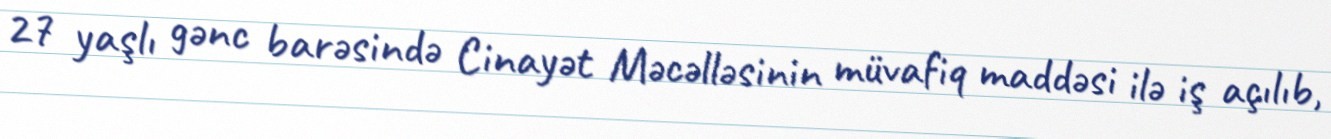
27 yaşlı gənc barəsində Cinayət Məcəlləsinin müvafiq maddəsi ilə iş açılıb,